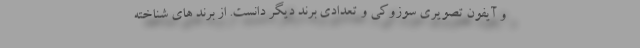
و آیفون تصویری سوزوکی و تعدادی برند دیگر دانست. از برند های شناخته